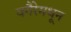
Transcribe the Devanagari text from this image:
वगैरेमधून